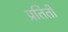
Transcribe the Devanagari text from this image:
प्रतिती